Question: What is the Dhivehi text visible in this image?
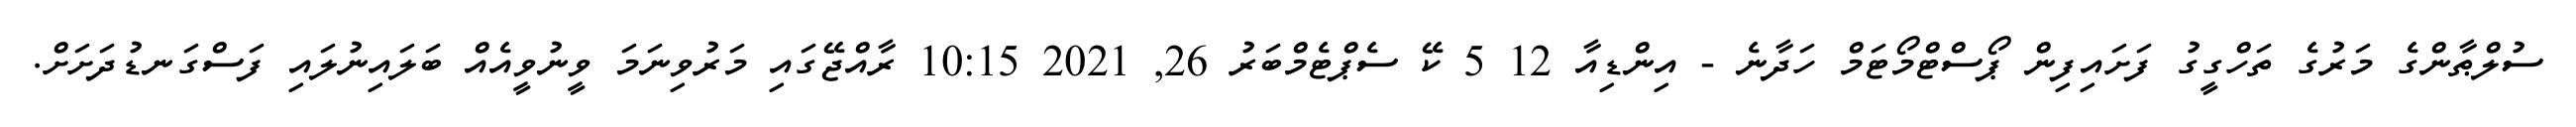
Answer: ސުލްޠާންގެ މަރުގެ ތަހްގީގު ފަށައިފިން ޕޯސްޓްމޯޓަމް ހަދާނެ - އިންޑިއާ 12 5 ކޭ ސެޕްޓެމްބަރު 26, 2021 10:15 ރާއްޖޭގައި މަރުވިނަމަ ވީނުވީއެއް ބަލައިނުލައި ފަސްގަނޑުދަށަށް.